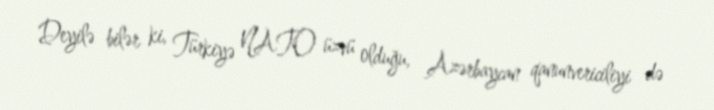
Deyilə bilər ki, Türkiyə NATO üzvü olduğu, Azərbaycan qanunvericiliyi də